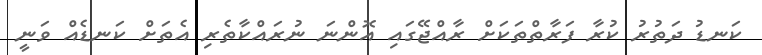
ކަނޑު ދަތުރު ކުރާ ފަރާތްތަކަށް ރާއްޖޭގައި އޮންނަ ނުރައްކާތެރި އެތަށް ކަނޑެއް ވަނީ